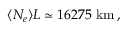
\langle N _ { e } \rangle L \simeq 1 6 2 7 5 \mathrm { ~ k m } \, ,